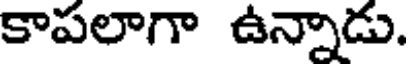
కాపలాగా ఉన్నాడు.